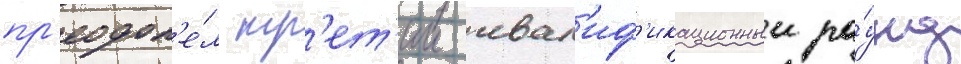
пр'еодол'е́л тр'ет'ии квал'иф'икационныи ра́унд